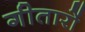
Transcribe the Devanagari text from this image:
गीतारों